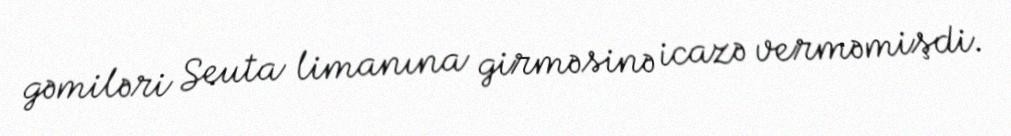
gəmiləri Seuta limanına girməsinə icazə verməmişdi.